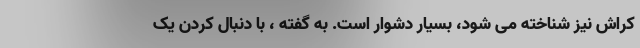
کراش نیز شناخته می شود، بسیار دشوار است. به گفته ، با دنبال کردن یک